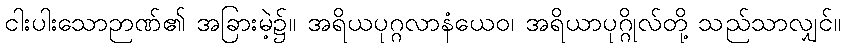
ငါးပါးသောဉာဏ်၏ အခြားမဲ့၌။ အရိယပုဂ္ဂလာနံယေဝ၊ အရိယာပုဂ္ဂိုလ်တို့ သည်သာလျှင်။